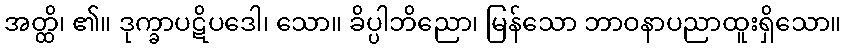
အတ္ထိ၊ ၏။ ဒုက္ခာပဋိပဒေါ၊ သော။ ခိပ္ပါဘိညော၊ မြန်သော ဘာဝနာပညာထူးရှိသော။